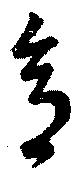
意